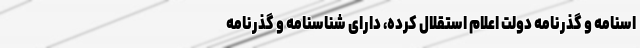
اسنامه و گذرنامه دولت اعلام استقلال کرده، دارای شناسنامه و گذرنامه